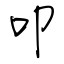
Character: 叩